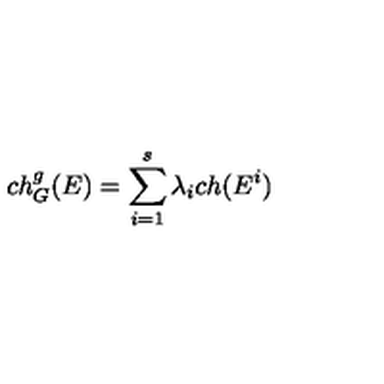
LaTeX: c h _ { G } ^ { g } ( E ) = \sum _ { i = 1 } ^ { s } \lambda _ { i } c h ( E ^ { i } )